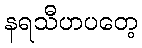
နရသီဟပတေ့